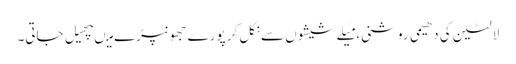
لالٹین کی دھیمی روشنی، مَیلےشیشوں سےنکل کر پورے جھونپڑے میںپھیل جاتی۔